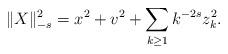
LaTeX: \begin{align*}\|X\|_{-s}^2=x^2+v^2+\sum_{k\geq 1}k^{-2s}z_k^2. \end{align*}